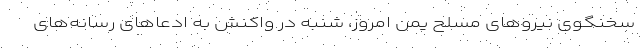
سخنگوی نیروهای مسلح یمن امروز، شنبه در واکنش به ادعاهای رسانه‌های